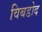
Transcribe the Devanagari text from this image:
विबडोद